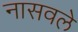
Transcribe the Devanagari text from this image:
नासवले